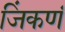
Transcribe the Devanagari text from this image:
जिंकणं